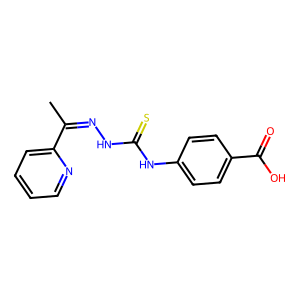
SMILES: CC(=NNC(=S)Nc1ccc(C(=O)O)cc1)c1ccccn1
Inhibits HIV replication: No